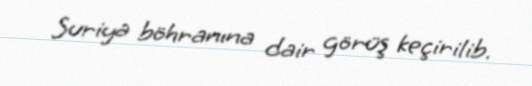
Suriya böhranına dair görüş keçirilib.